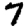
Digit: 7